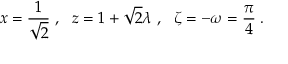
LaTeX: x = \frac { 1 } { \sqrt { 2 } } \; , ~ ~ z = 1 + \sqrt { 2 } \lambda \; , ~ ~ \zeta = - \omega = \frac { \pi } { 4 } \; .